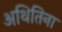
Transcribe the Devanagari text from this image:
अथितिना